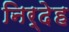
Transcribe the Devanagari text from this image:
निर्देह